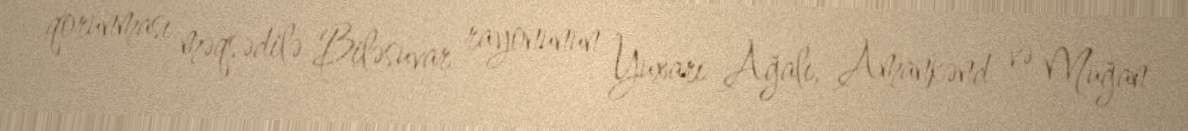
qorunması məqsədilə Biləsuvar rayonunun Yuxarı Ağalı, Amankənd və Muğan